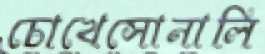
চোখেসোনালি